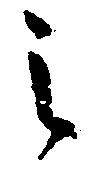
之